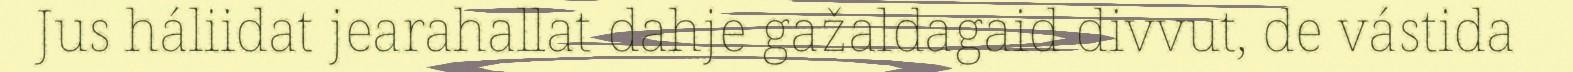
Jus háliidat jearahallat dahje gažaldagaid divvut, de vástida